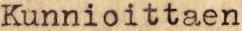
Kunnioittaen